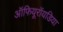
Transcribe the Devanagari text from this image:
ऑफियूरॉयडिया